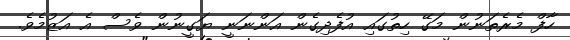
ހާފް މެރެތަނުން މަގޭ ހިތުގައި އުފެދިގެން އަންނަނީ ޔަގީނުން ވެސް އެ އަޒުމެވެ.